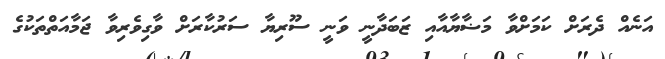
އަނެއް ދެރަށް ކަމަށްވާ މަޟާޔާއާއި ޒަބަދާނީ ވަނީ ސޫރިޔާ ސަރުކާރަށް ވާގިވެރިވާ ޖަމާއަތްތަކުގެ